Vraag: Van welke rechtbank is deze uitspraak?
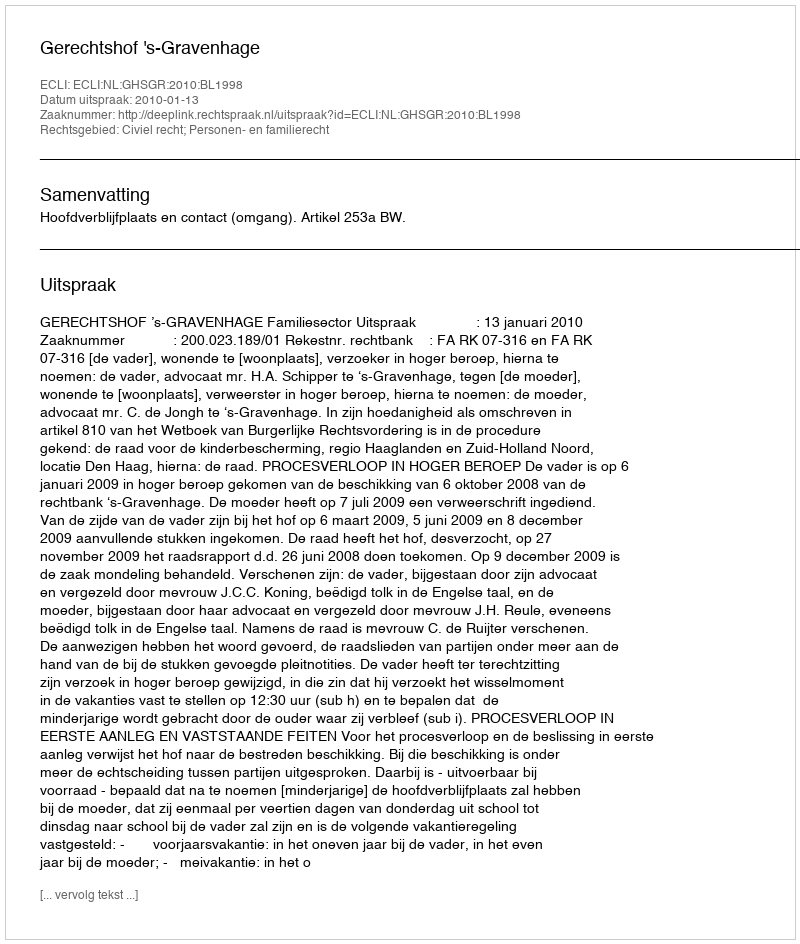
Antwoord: Gerechtshof 's-Gravenhage